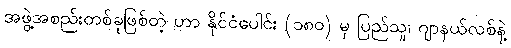
အဖွဲ့အစည်းတစ်ခုဖြစ်တဲ့ ဟာ နိုင်ငံပေါင်း (၁၈ဝ) မှ ပြည်သူ၊ ဂျာနယ်လစ်နဲ့